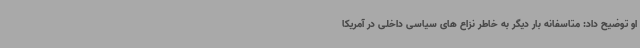
او توضیح داد: متاسفانه بار دیگر به خاطر نزاع های سیاسی داخلی در آمریکا